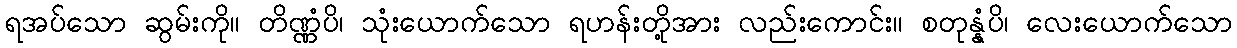
ရအပ်သော ဆွမ်းကို။ တိဏ္ဏံပိ၊ သုံးယောက်သော ရဟန်းတို့အား လည်းကောင်း။ စတုန္နံပိ၊ လေးယောက်သော